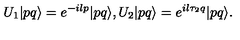
U _ { 1 } | p q \rangle = e ^ { - i l p } | p q \rangle , U _ { 2 } | p q \rangle = e ^ { i l \tau _ { 2 } q } | p q \rangle .